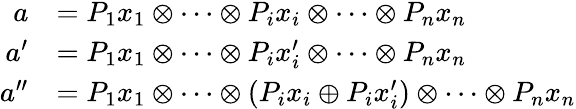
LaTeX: \begin{array}{rl}{a}&{=P_{1}x_{1}\otimes\cdots\otimes P_{i}x_{i}\otimes\cdots\otimes P_{n}x_{n}}\\ {a^{\prime}}&{=P_{1}x_{1}\otimes\cdots\otimes P_{i}x_{i}^{\prime}\otimes\cdots\otimes P_{n}x_{n}}\\ {a^{\prime\prime}}&{=P_{1}x_{1}\otimes\cdots\otimes(P_{i}x_{i}\oplus P_{i}x_{i}^{\prime})\otimes\cdots\otimes P_{n}x_{n}}\end{array}